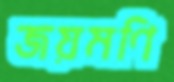
জয়মণি